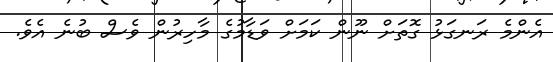
އެންމެ ރަނގަޅު ގޮތަށް ނޫން ކަމަށް ވަޑާމުގެ މާހިރުން ވެސް ބުނެ އެވެ.